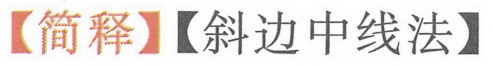
【简释】【斜边中线法】